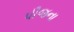
પીજના